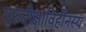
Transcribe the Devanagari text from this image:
गुरुदीक्षाविहीनस्य